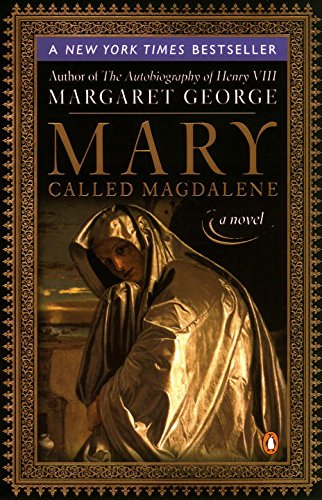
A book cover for Mary, Called Magdalene; Margaret George; Religion & Spirituality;